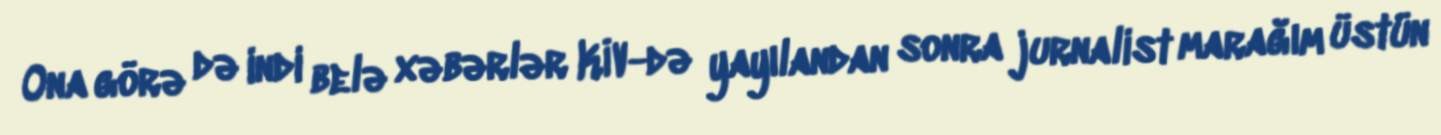
Ona görə də indi belə xəbərlər KİV-də yayılandan sonra jurnalist marağım üstün